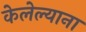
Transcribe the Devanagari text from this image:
केलेल्याना